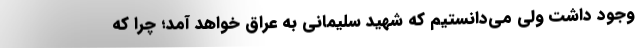
وجود داشت ولی می‌دانستیم که شهید سلیمانی به عراق خواهد آمد؛ چرا که